65_HS1-834228961_62-HQ-83894_Section_6
Agency: FBI
Page 184
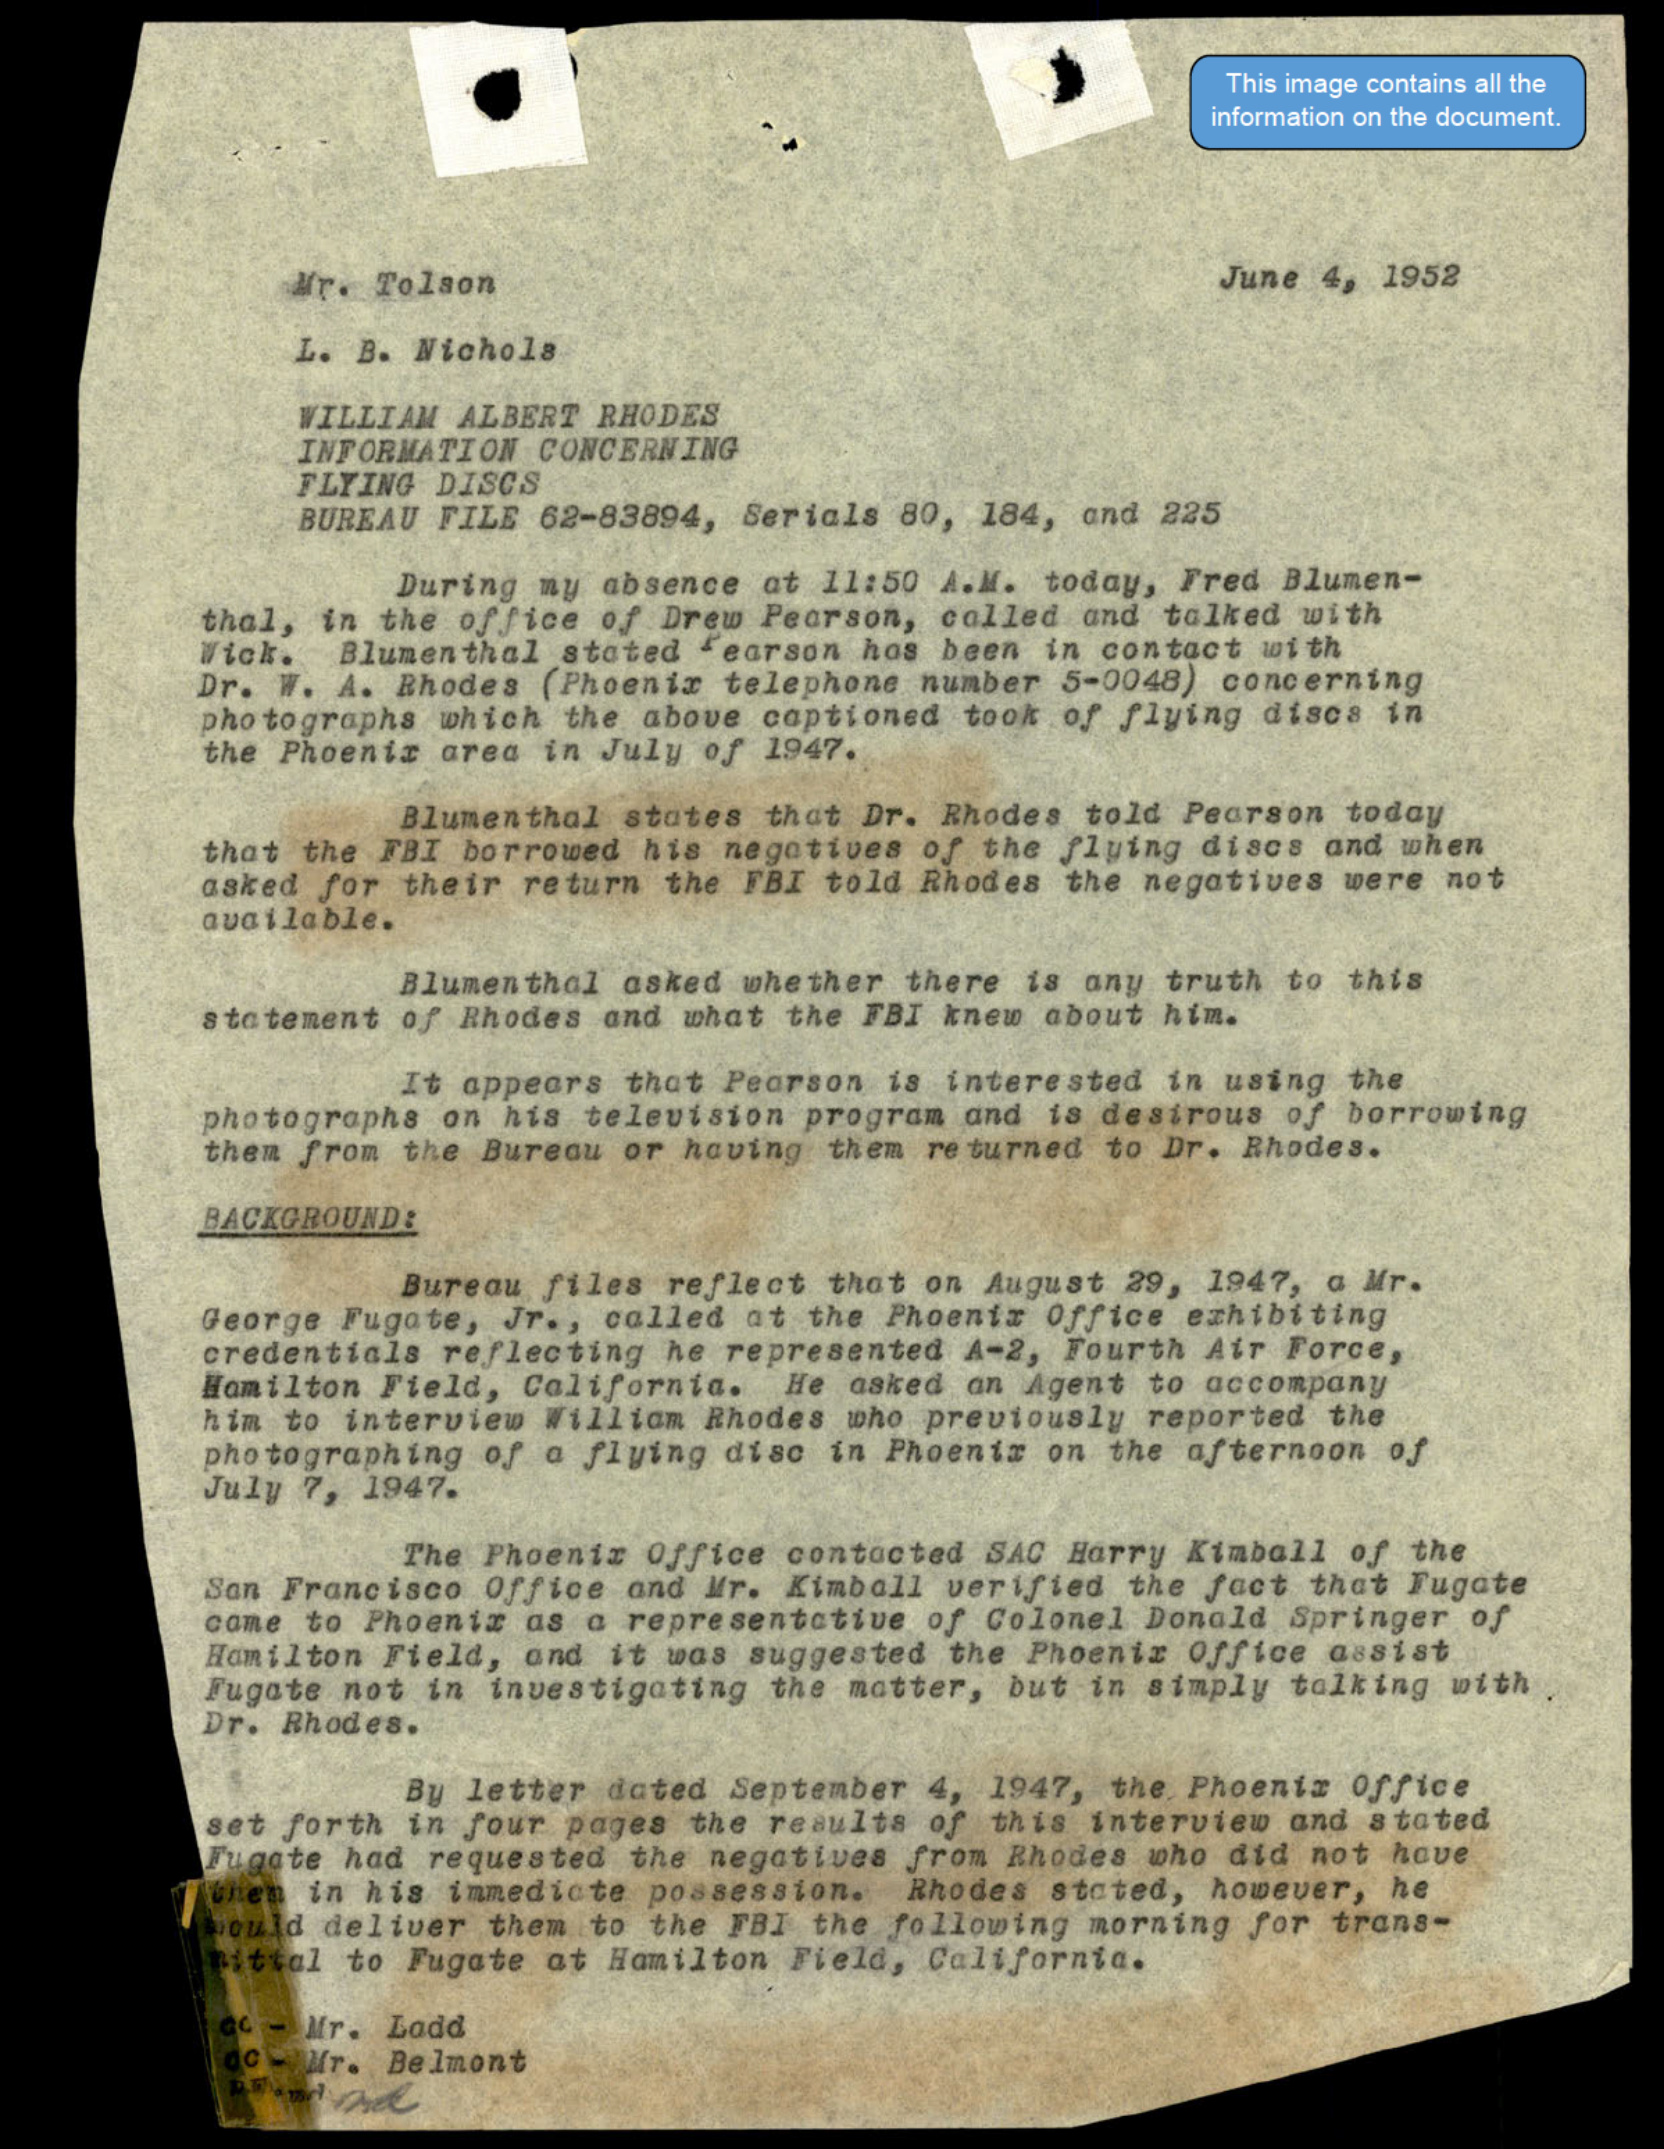